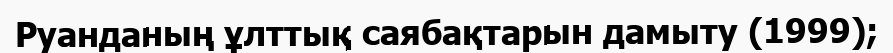
Руанданың ұлттық саябақтарын дамыту (1999);